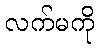
လက်မကို